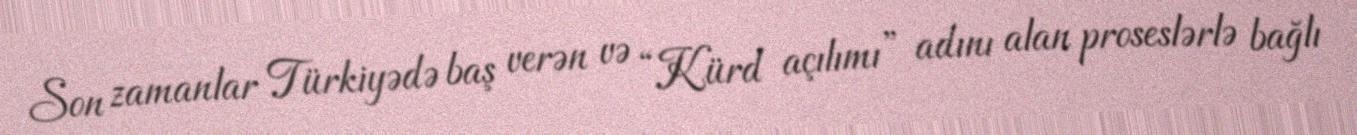
Son zamanlar Türkiyədə baş verən və “Kürd açılımı” adını alan proseslərlə bağlı